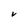
Character: V